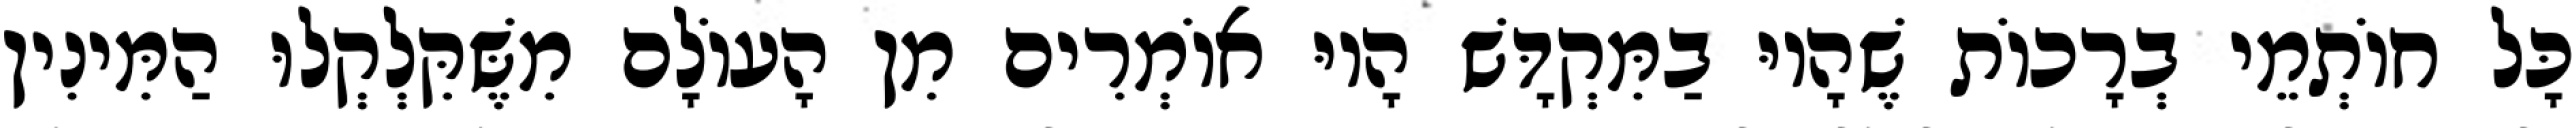
כָּל חוֹתְמֵי בְרָכוֹת שֶׁהָיוּ בַמִּקְדָּשׁ הָיוּ אוֹמְרִים מִן הָעוֹלָם מִשֶּׁקִּלְקְלוּ הַמִּינִין